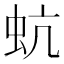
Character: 蚢